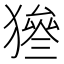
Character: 𤡙